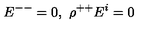
E ^ { -- } = 0 , \ \rho ^ { + + } E ^ { i } = 0